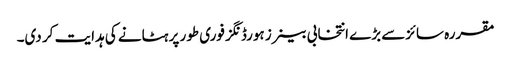
مقررہ سائزسے بڑے انتخابی بینرز ہورڈنگز فوری طور پر ہٹانے کی ہدایت کر دی۔